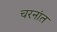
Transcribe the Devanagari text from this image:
चरनांत